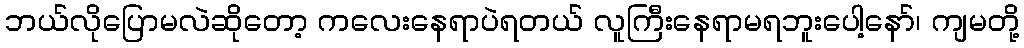
ဘယ်လိုပြောမလဲဆိုတော့ ကလေးနေရာပဲရတယ် လူကြီးနေရာမရဘူးပေါ့နော်၊ ကျမတို့